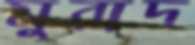
মুরাদ